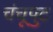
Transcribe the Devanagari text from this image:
चंचूपुट